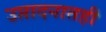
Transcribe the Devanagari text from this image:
उप्तादनातही